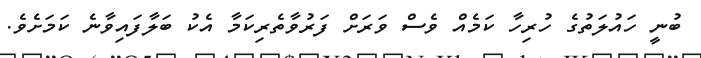
ބުނީ ހައުލަތުގެ ހުރިހާ ކަމެއް ވެސް ވަރަށް ފަރުވާތެރިކަމާ އެކު ބަލާފައިވާނެ ކަމަށެވެ.